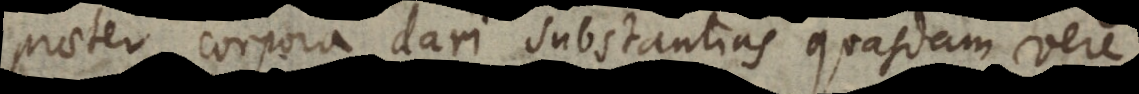
praeter corpora dari substantias quasdam vere